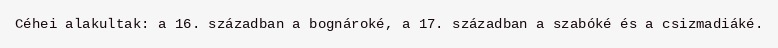
Céhei alakultak: a 16. században a bognároké, a 17. században a szabóké és a csizmadiáké.